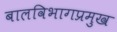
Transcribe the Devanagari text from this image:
बालविभागप्रमुख